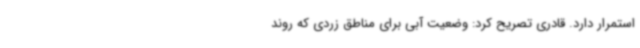
استمرار دارد. قادری تصریح کرد: وضعیت آبی برای مناطق زردی که روند